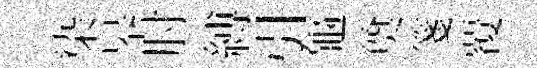
染皋肘縛引龜奠箋覆